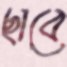
ছাবে